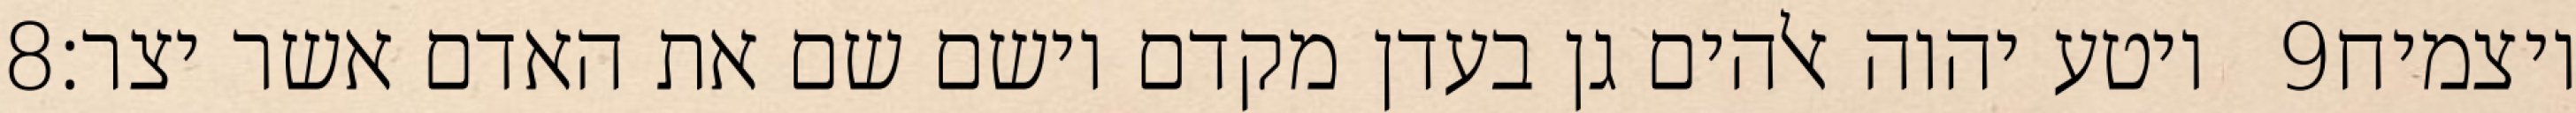
‎8‏ ויטע יהוה אלהים גן בעדן מקדם וישם שם את האדם אשר יצר׃ ‎9‏ ויצמיח